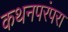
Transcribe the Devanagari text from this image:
कथनपरंपरा